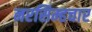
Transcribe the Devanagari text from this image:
नरसिम्हचार